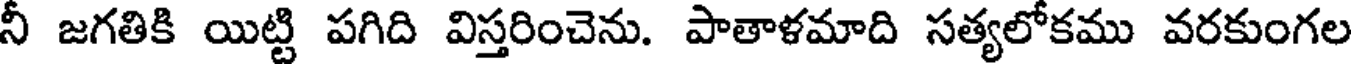
నీ జగతికి యిట్టి పగిది విస్తరించెను. పాతాళమాది సత్యలోకము వరకుంగల